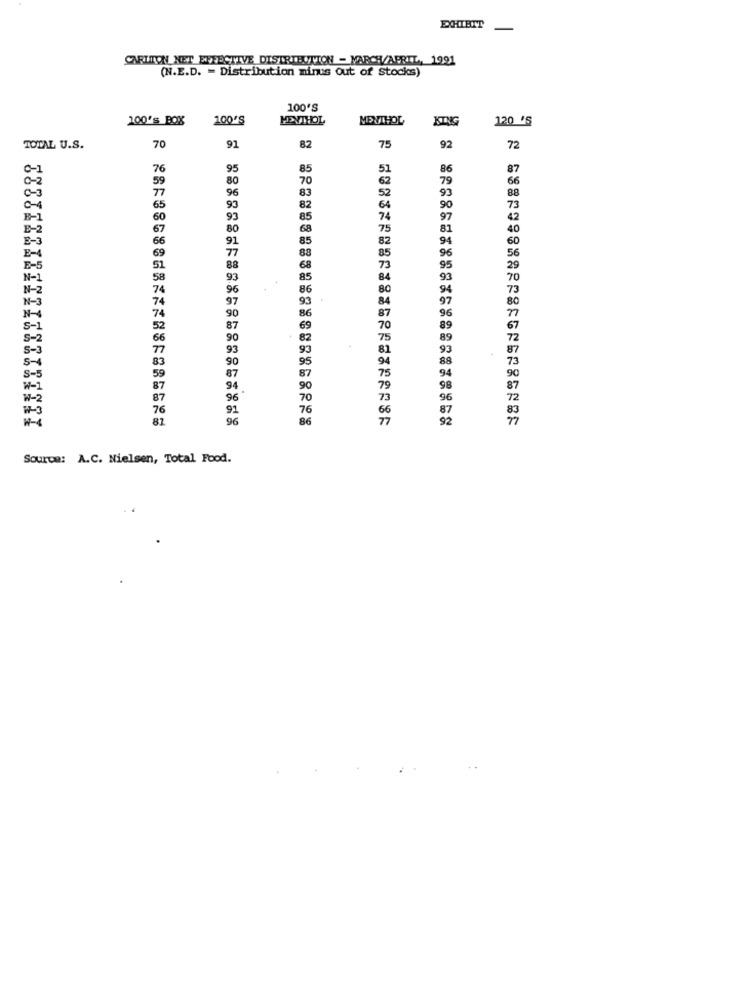
EXHIBIT
CARLTON NET EFFECTIVE DISTRIBUTION - MARCH/APRIL ,, 1991
(N.E.D. = Distribution minus out of Stocks)
100'S
100's BOX
100'S
MEVTHOL
MEVIHOL
120 'S
TOTAL U.S.
70
91
82
75
92
72
0-1
76
95
85
86
87
59
80
70
66
77
83
93
96
88
0-4
65
93
82
90
B-1
60
93
85
74
97
B-2
67
80
68
75
81
40
E-3
66
91
85
82
94
60
69
E-4
77
F-5
88
68
93
85
96
5-1
5-2
5-3
93
S-5
59
87
87
94
H-2
87
96
76
91
82
96
Source: A.C. Nielsen, Total Food.